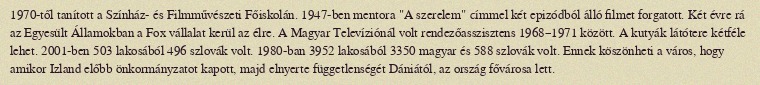
1970-től tanított a Színház- és Filmművészeti Főiskolán. 1947-ben mentora "A szerelem" címmel két epizódból álló filmet forgatott. Két évre rá az Egyesült Államokban a Fox vállalat kerül az élre. A Magyar Televíziónál volt rendezőasszisztens 1968–1971 között. A kutyák látótere kétféle lehet. 2001-ben 503 lakosából 496 szlovák volt. 1980-ban 3952 lakosából 3350 magyar és 588 szlovák volt. Ennek köszönheti a város, hogy amikor Izland előbb önkormányzatot kapott, majd elnyerte függetlenségét Dániától, az ország fővárosa lett.